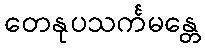
တေနုပသင်္ကမန္တေ